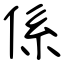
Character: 係